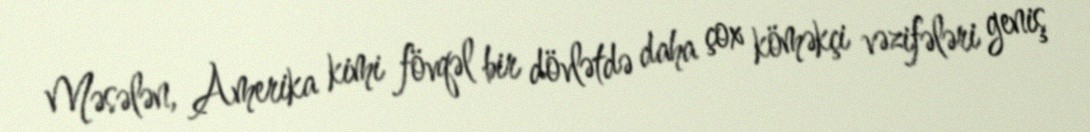
Məsələn, Amerika kimi fövqəl bir dövlətdə daha çox köməkçi vəzifələri geniş